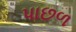
પાછળ